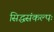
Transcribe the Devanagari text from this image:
सिद्धसंकल्पः